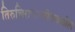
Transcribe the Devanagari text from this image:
तिरुचिरापल्लीजवळील